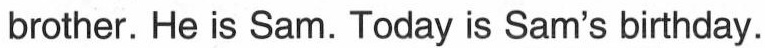
brother. He is Sam. Today is Sam's birthday.